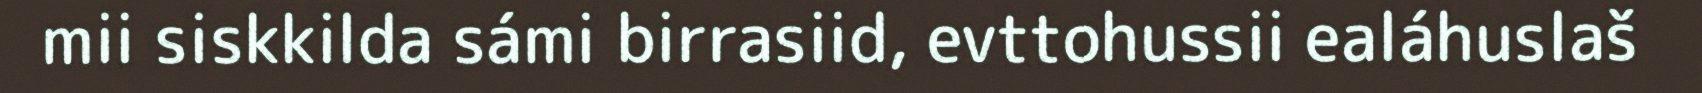
mii siskkilda sámi birrasiid, evttohussii ealáhuslaš